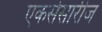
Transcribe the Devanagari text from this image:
एकसेसारीज